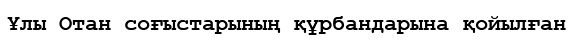
Ұлы Отан соғыстарының құрбандарына қойылған